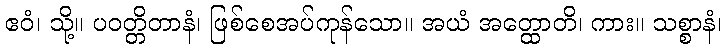
ဧဝံ၊ သို့။ ပဝတ္တိတာနံ၊ ဖြစ်စေအပ်ကုန်သော။ အယံ အတ္ထောတိ၊ ကား။ သစ္စာနံ၊